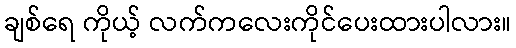
ချစ်ရေ ကိုယ့် လက်ကလေးကိုင်ပေးထားပါလား။